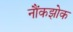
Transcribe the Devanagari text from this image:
नौंकझोक